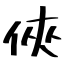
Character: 俠